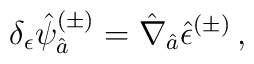
\delta_{\epsilon} \hat{\psi}^{(\pm)}_{\hat{a}}=\hat{\nabla}_{\hat{a}} \hat{\epsilon}^{(\pm)}\, ,